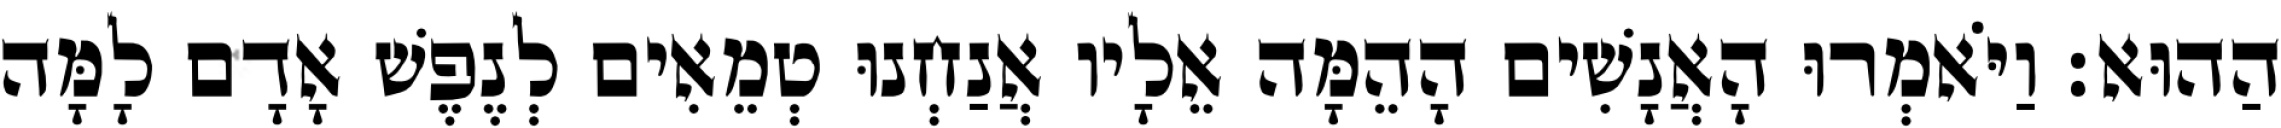
הַהוּא׃ וַיֹּאמְרוּ הָאֲנָשִׁים הָהֵמָּה אֵלָיו אֲנַחְנוּ טְמֵאִים לְנֶפֶשׁ אָדָם לָמָּה